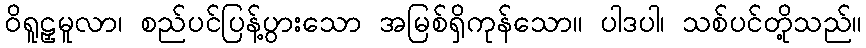
ဝိရူဠှမူလာ၊ စည်ပင်ပြန့်ပွားသော အမြစ်ရှိကုန်သော။ ပါဒပါ၊ သစ်ပင်တို့သည်။